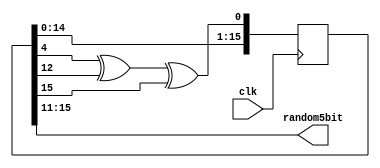
`timescale 1ns / 1ps
//////////////////////////////////////////////////////////////////////////////////
// Company: 
// Engineer: 
// 
// Design Name: 
// Module Name: LFSRrandom
// Project Name: 
// Target Devices: 
// Tool Versions: 
// Description: 
// 
// Dependencies: 
// 
// Revision:
// Revision 0.01 - File Created
// Additional Comments:
// 
//////////////////////////////////////////////////////////////////////////////////


module LFSRrandom(
    input clk,
    output [4:0]random5bit
    );
    reg [15:0]seed = 35281; //random seed selected
    
    always @ (posedge clk) begin
        seed[15:1] <= seed[14:0];
        seed[0] = seed[4]^seed[12]^seed[15];
    end
    
    assign random5bit = seed[15:11];
endmodule